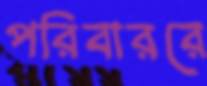
পরিবাররে